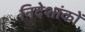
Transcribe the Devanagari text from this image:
निदेशांकों